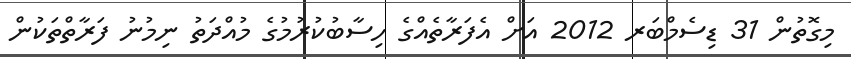
މިގޮތުން 31 ޑިސެމްބަރ 2012 އަށް އެފަރާތެއްގެ ހިސާބުކުރުމުގެ މުއްދަތު ނިމުނު ފަރާތްތަކުން